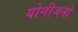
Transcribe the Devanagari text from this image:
योगीजनों